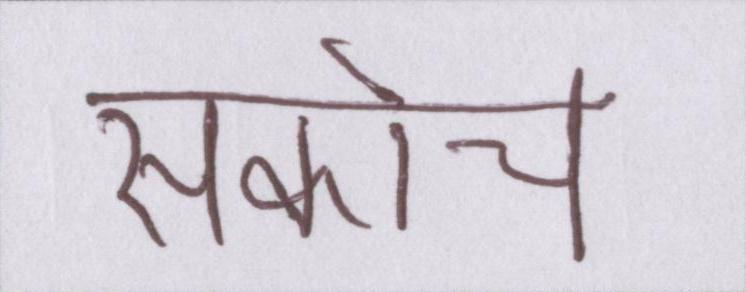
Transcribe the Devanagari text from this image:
संकोच